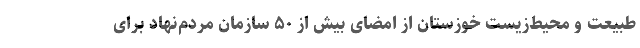
طبیعت و محیط‌زیست خوزستان از امضای بیش از ۵۰ سازمان مردم‌نهاد برای